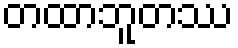
တထာဘူတဿ